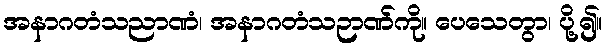
အနာဂတံသညာဏံ၊ အနာဂတံသဉာဏ်ကို။ ပေသေတွာ၊ ပို့၍။